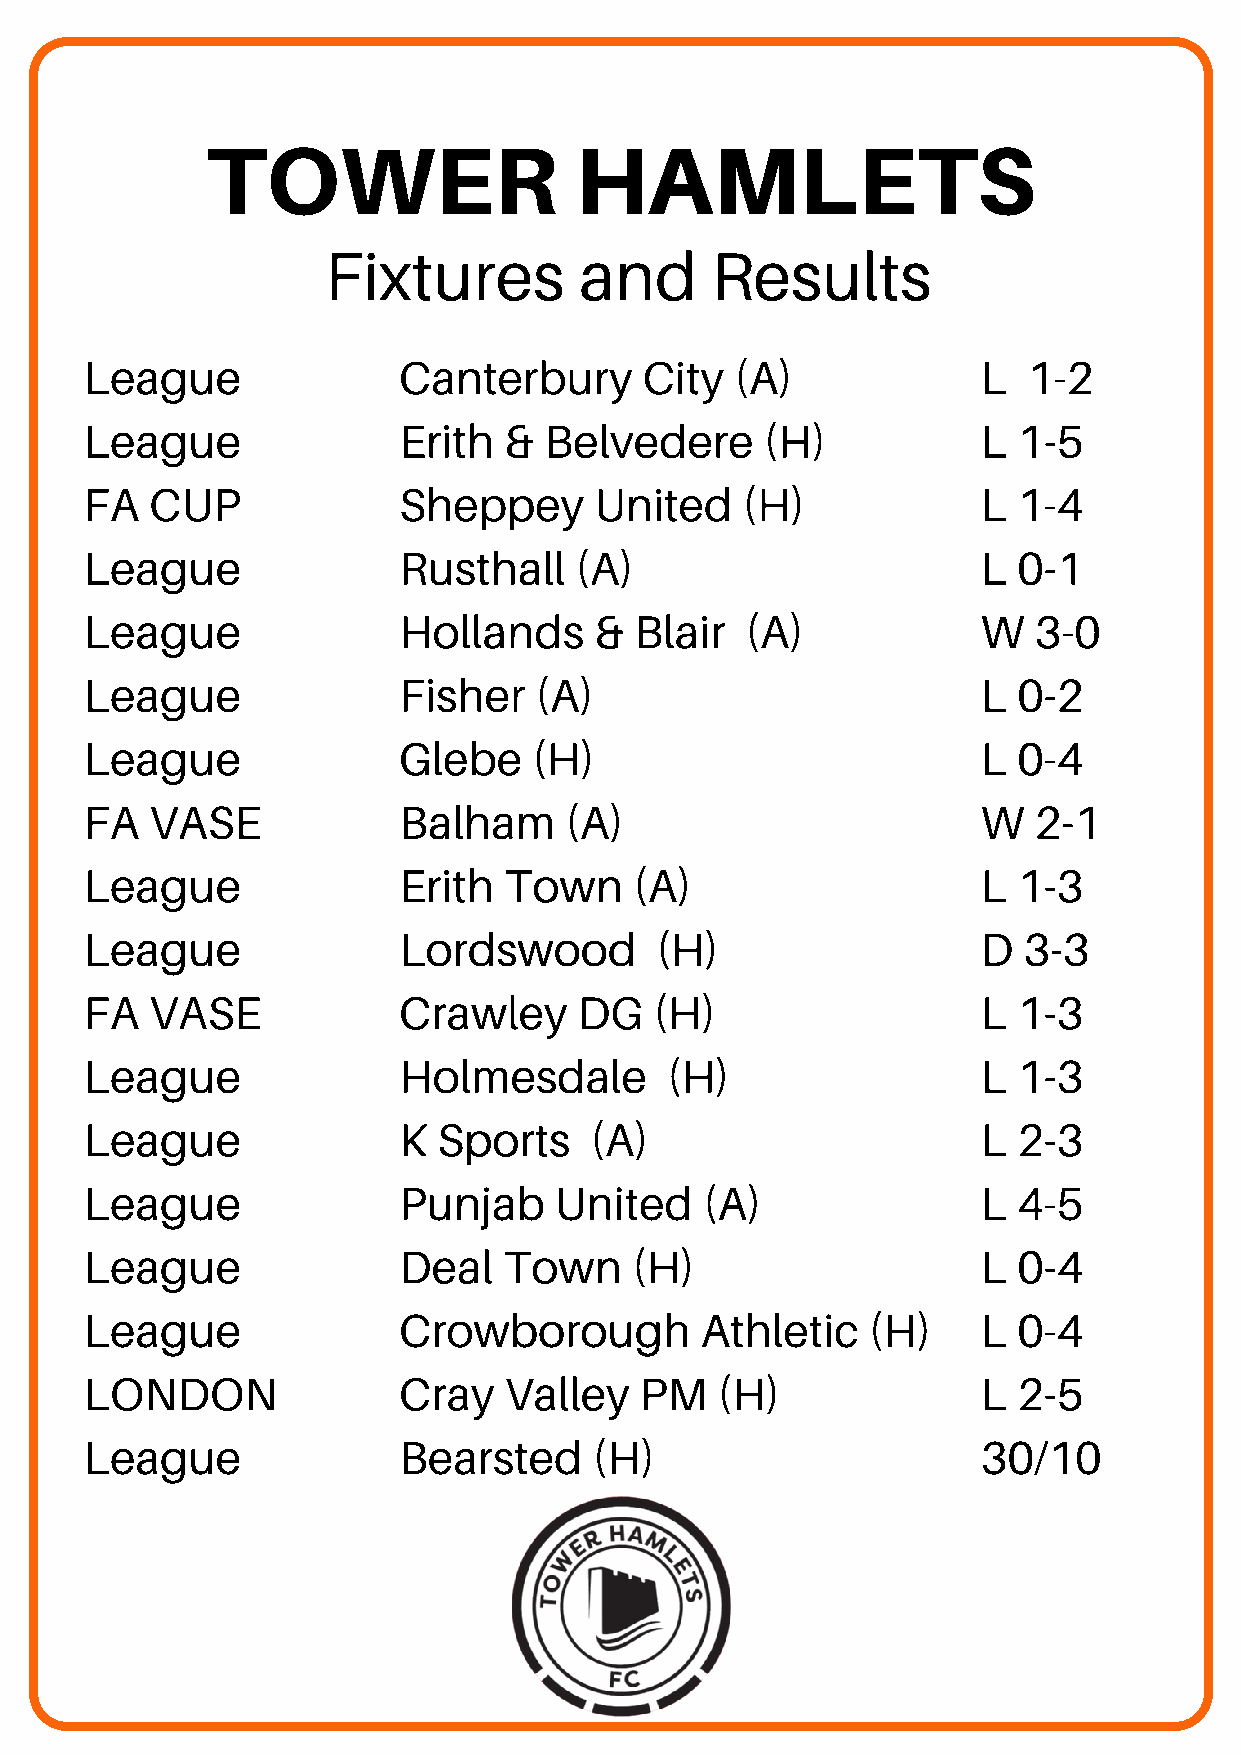
TOWER                   HAMLETS
 Fixtures         and      Results
 League              Canterbury       City  (A)             L  1-2
 League              Erith  &  Belvedere      (H)           L 1-5
 FA  CUP             Sheppey      United    (H)             L 1-4
 League              Rusthall    (A)                        L 0-1
 League              Hollands     &  Blair  (A)             W  3-0
 League              Fisher   (A)                           L 0-2
 League              Glebe    (H)                           L 0-4
 FA  VASE            Balham     (A)                         W  2-1
 League              Erith  Town     (A)                    L 1-3
 League              Lordswood        (H)                   D  3-3
 FA  VASE            Crawley     DG   (H)                   L 1-3
 League              Holmesdale        (H)                  L 1-3
 League              K  Sports    (A)                       L 2-3
 League              Punjab     United    (A)               L 4-5
 League              Deal   Town     (H)                    L 0-4
 League              Crowborough         Athletic   (H)     L 0-4
 LONDON              Cray   Valley   PM   (H)               L 2-5
 League              Bearsted     (H)                       30/10